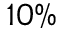
1 0 \%